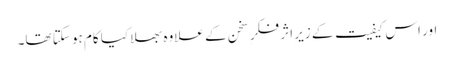
اور اس کیفیت کے زیرِ اثر فکرِ سخن کے علاوہ بھلا کیا کام ہو سکتا تھا۔